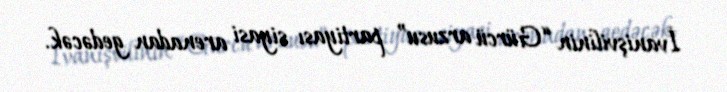
İvanişvilinin “Gürcü arzusu” partiyası siyasi arenadan gedəcək.